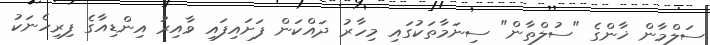
ސަލްމާން ޚާންގެ "ސުލްތާން" ސިނަމާތަކުގައި މިހާރު ދައްކަން ފަށައިފައި ވާއިރު އިންޑިއާގެ ފިރިހެނަކު